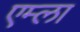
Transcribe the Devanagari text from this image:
एम्ला